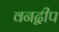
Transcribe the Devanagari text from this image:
वनद्वीप